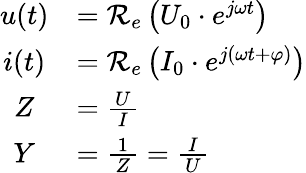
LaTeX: {\begin{array}{cl}{u(t)}&{=\operatorname{\mathcal{R_{e}}}\left(U_{0}\cdot e^{j\omega t}\right)}\\ {i(t)}&{=\operatorname{\mathcal{R_{e}}}\left(I_{0}\cdot e^{j(\omega t+\varphi)}\right)}\\ {Z}&{={\frac{U}{\ I\ }}}\\ {Y}&{={\frac{\ 1\ }{Z}}={\frac{\ I\ }{U}}}\end{array}}